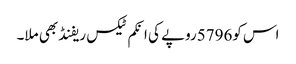
اس کو5796روپے کی انکم ٹیکس ریفنڈ بھی ملا۔